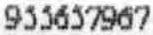
955657967